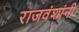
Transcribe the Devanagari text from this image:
राजवंशांनी